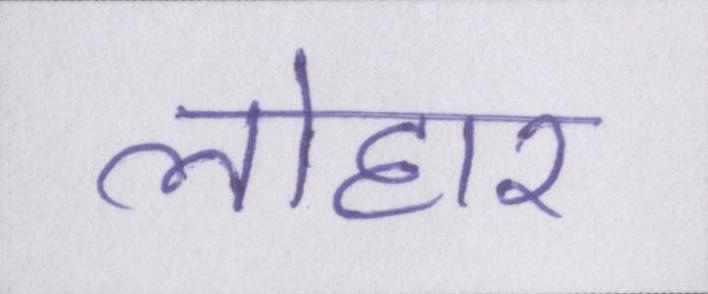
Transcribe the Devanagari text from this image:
लोहार